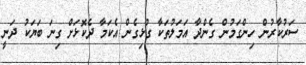
ސަރުކާރުން ހިންގަމުން ގެންދާ އަމަލުތަކާ ގުޅިގެން އެކަމާ ދެކޮޅަށް ގިނަ ބަޔަކު ދަނީ